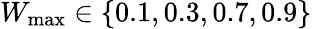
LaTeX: W_{\mathrm{max}}\in\{ 0.1,0.3,0.7,0.9\}